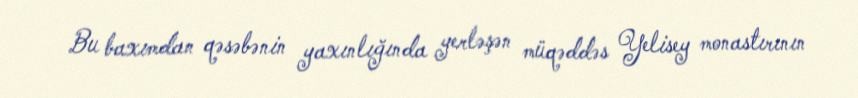
Bu baxımdan qəsəbənin yaxınlığında yerləşən müqəddəs Yelisey monastırının